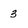
Character: 3